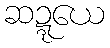
ဆဍ္ဍယေ